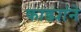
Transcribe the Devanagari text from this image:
काड्यांने